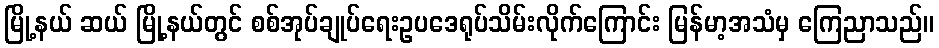
မြို့နယ် ဆယ် မြို့နယ်တွင် စစ်အုပ်ချုပ်ရေးဥပဒေရုပ်သိမ်းလိုက်ကြောင်း မြန်မာ့အသံမှ ကြေညာသည်။